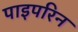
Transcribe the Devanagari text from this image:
पाइपरिन